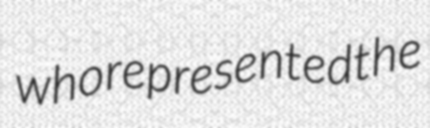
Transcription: who represented the